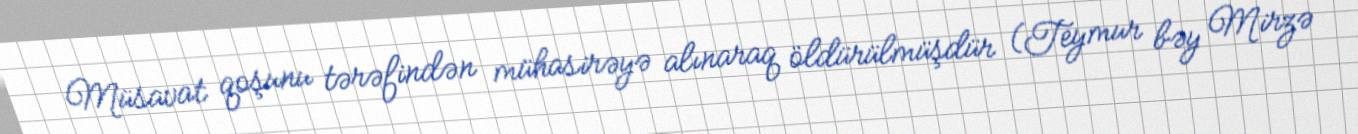
Müsavat qoşunu tərəfindən mühasirəyə alınaraq öldürülmüşdür (Teymur bəy Mirzə